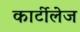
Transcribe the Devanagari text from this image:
कार्टीलेज